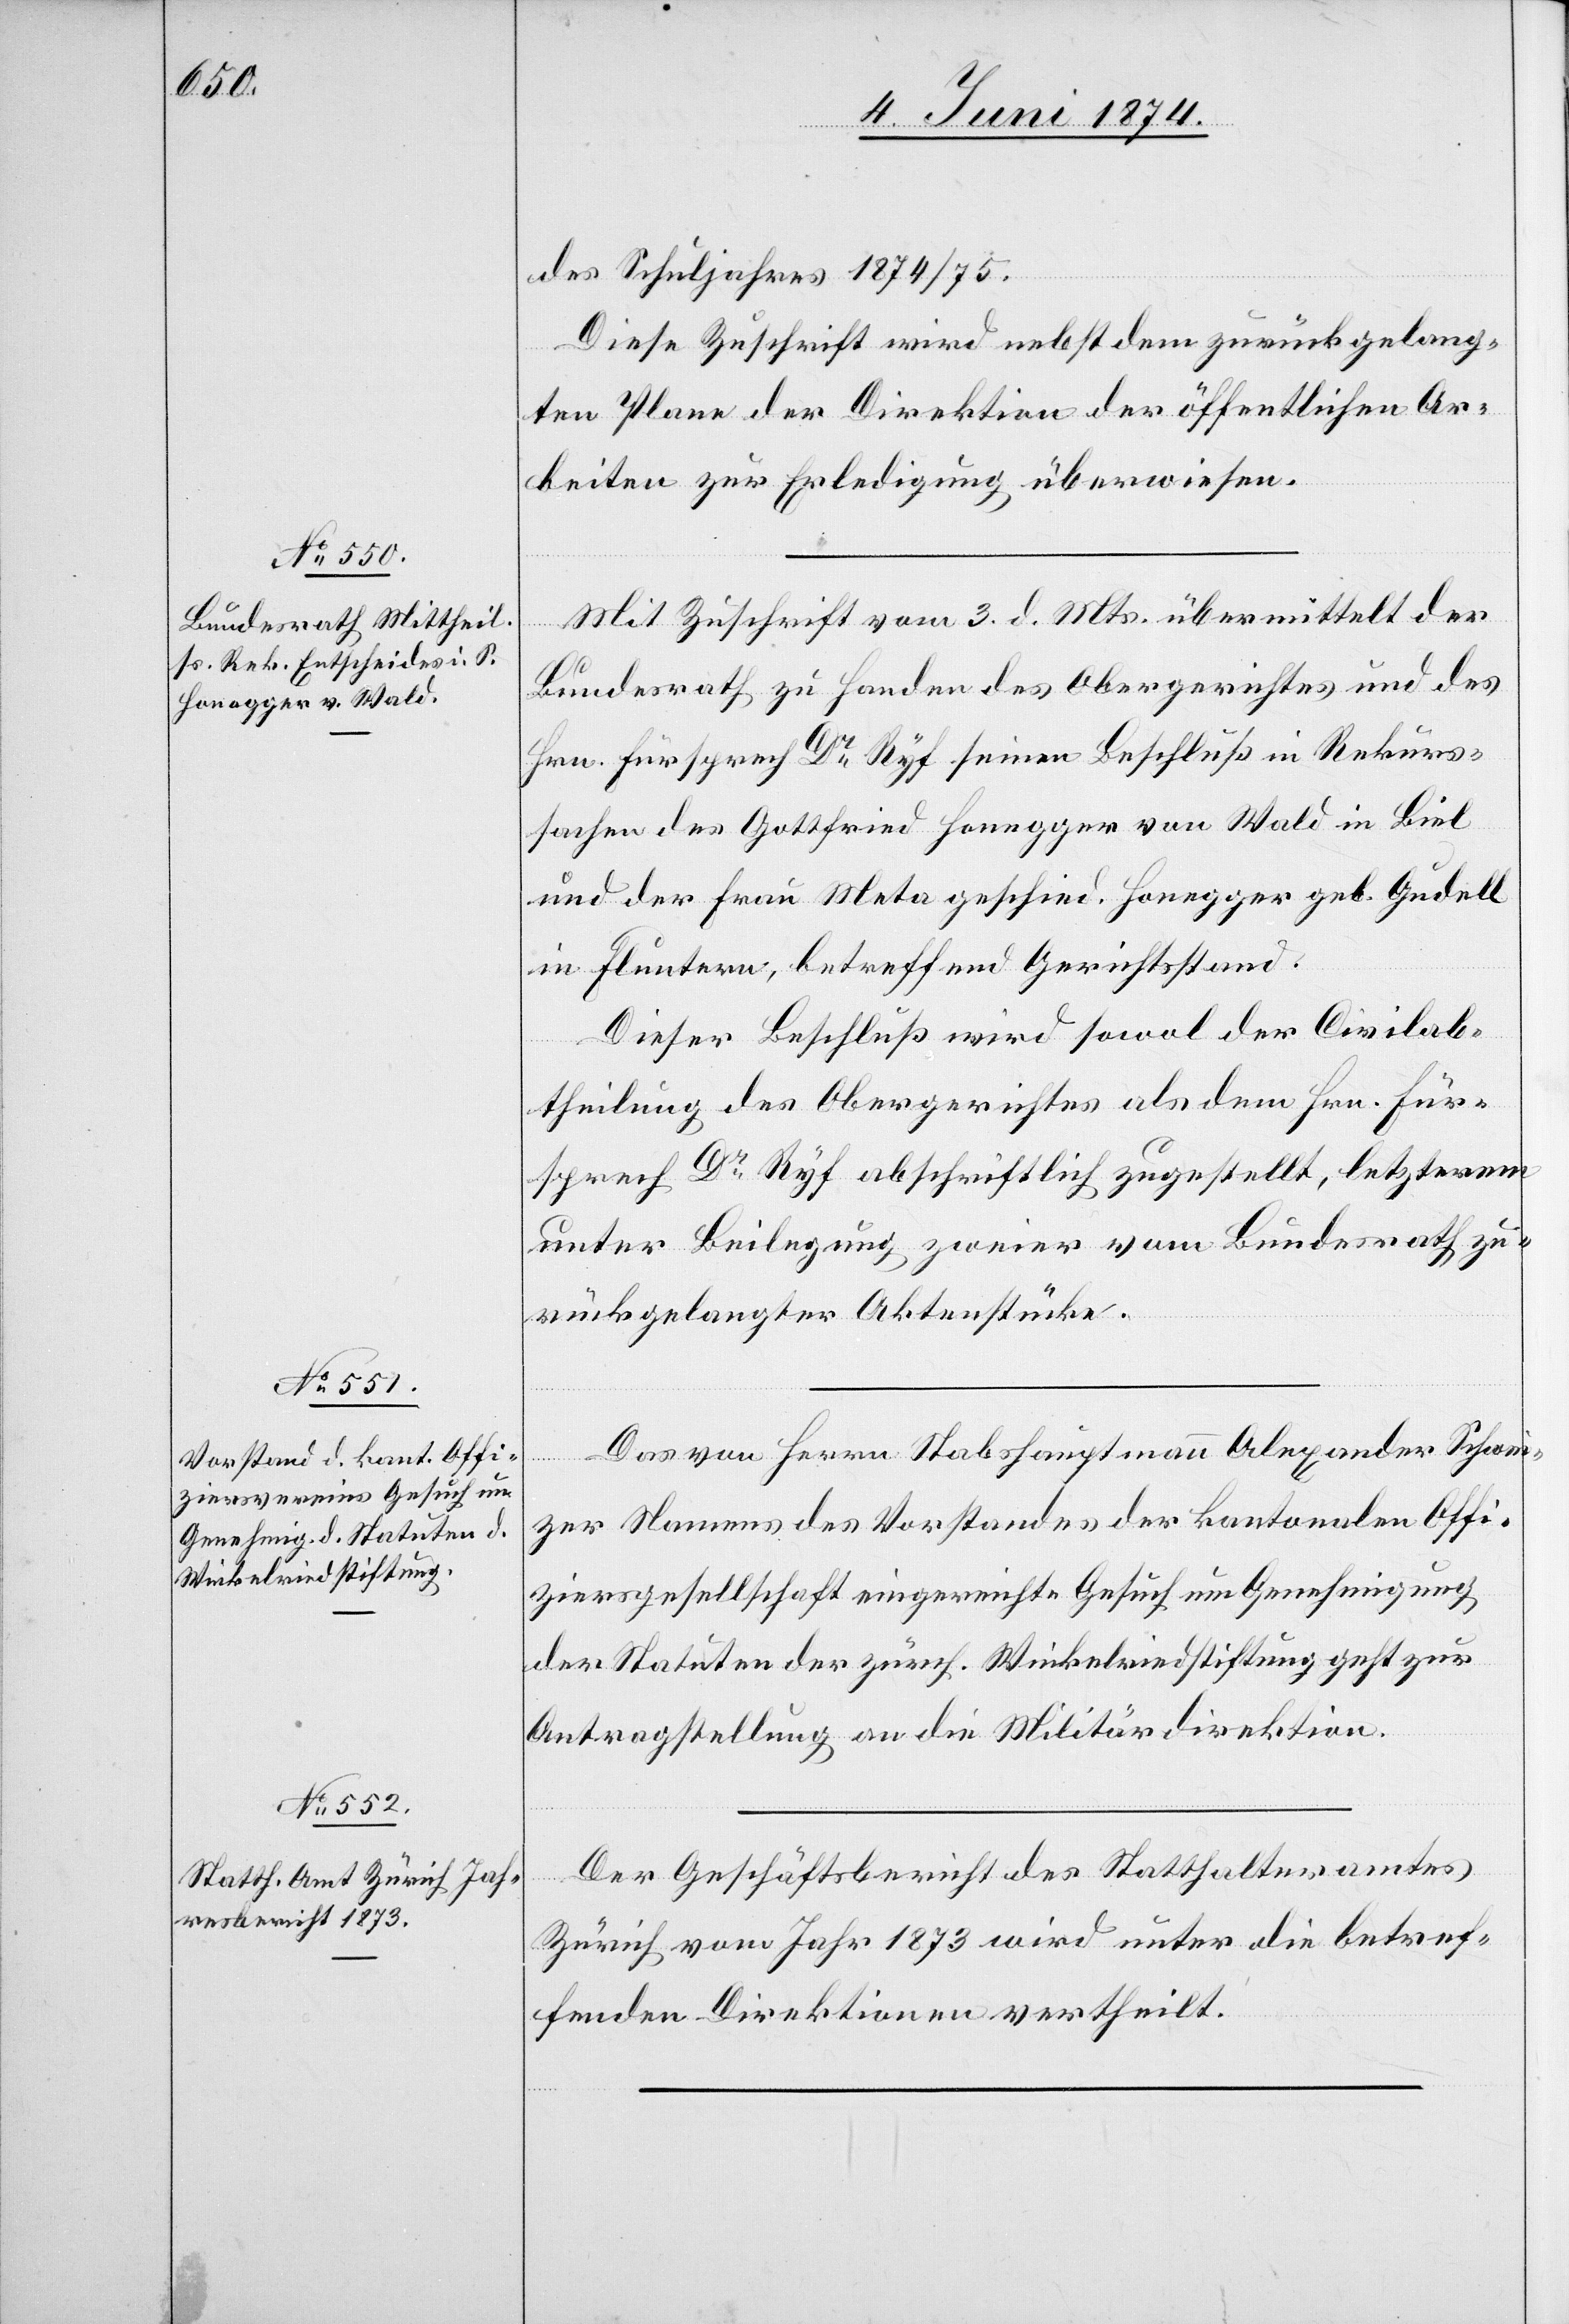
5. Juni 1874.]
des Schuljahres 1874/75.
Diese Zuschrift wird nebst dem zurückgelang¬
ten Plane der Direktion der öffentlichen Ar¬
beiten zur Erledigung überwiesen.
Mit Zuschrift vom 3. d. Mts. übermittelt der
Bundesrath zu Handen des Obergerichtes und des
Hrn. Fürsprech Dr. Ryf seinen Beschluß in Rekurs¬
sachen des Gottfried Honegger von Wald in Biel
und der Frau Meta geschied. Honegger geb. Gudell
in Fluntern, betreffend Gerichtsstand.
Dieser Beschluß wird sowol der Civilab¬
theilung des Obergerichtes als dem Hrn. Für¬
sprech Dr Ryf abschriftlich zugestellt, letzterem
unter Beilegung zweier vom Bundesrath zu¬
rückgelangten Aktenstücke.
Das von Herrn Stabshauptmann Alexander Schwei¬
zer Namens des Vorstandes der kantonalen Offi¬
ziersgesellschaft eingereichte Gesuch um Genehmigung
der Statuten der zürch. Winkelriedstiftung geht zur
Antragstellung an die Militärdirektion.
Der Geschäftsbericht des Statthalteramtes
Zürich vom Jahr 1873 wird unter die betref¬
fenden Direktionen vertheilt.